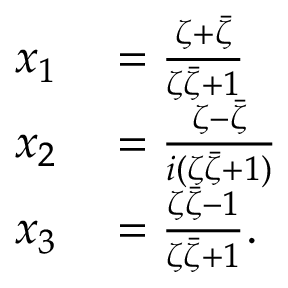
\begin{array} { r l } { x _ { 1 } } & { { } = { \frac { \zeta + { \bar { \zeta } } } { \zeta { \bar { \zeta } } + 1 } } } \\ { x _ { 2 } } & { { } = { \frac { \zeta - { \bar { \zeta } } } { i ( \zeta { \bar { \zeta } } + 1 ) } } } \\ { x _ { 3 } } & { { } = { \frac { \zeta { \bar { \zeta } } - 1 } { \zeta { \bar { \zeta } } + 1 } } . } \end{array}